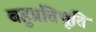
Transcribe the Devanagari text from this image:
बहुप्रतिभूति